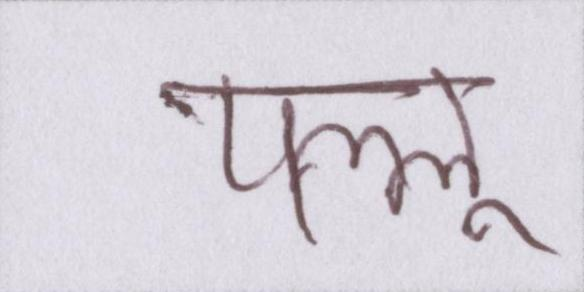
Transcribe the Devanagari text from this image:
पल्लू